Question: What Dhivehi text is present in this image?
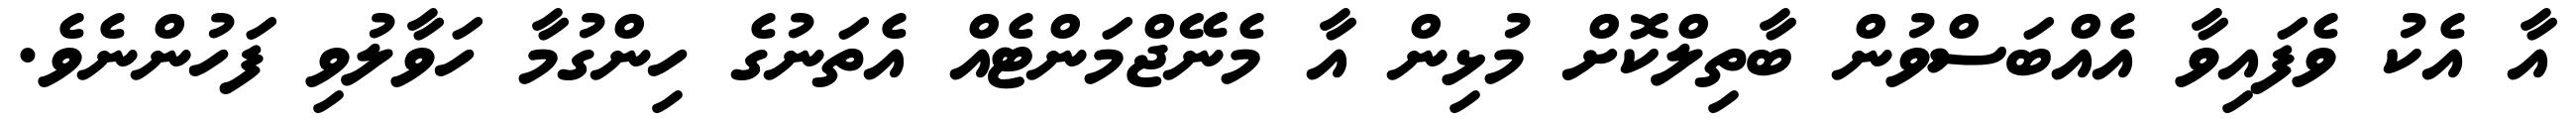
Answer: އާ އެކު ވެފައިވާ އެއްބަސްވުން ބާތިލްކޮށް މުޅިން އާ މެނޭޖްމަންޓެއް އެތަނުގެ ހިންގުމާ ހަވާލުވި ފަހުންނެވެ.